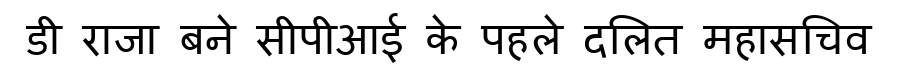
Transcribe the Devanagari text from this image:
डी राजा बने सीपीआई के पहले दलित महासचिव